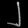
Digit: ၂